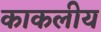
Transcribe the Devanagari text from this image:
काकलीय